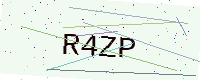
Text: R4ZP